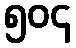
၅၀၄